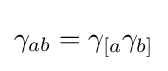
\gamma _{ab}=\gamma _{[a}\gamma _{b]}